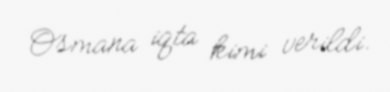
Osmana iqta kimi verildi.